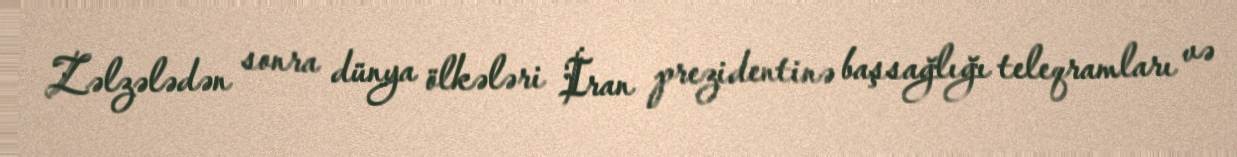
Zəlzələdən sonra dünya ölkələri İran prezidentinə başsağlığı teleqramları və